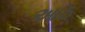
આઠ